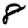
Digit: 8